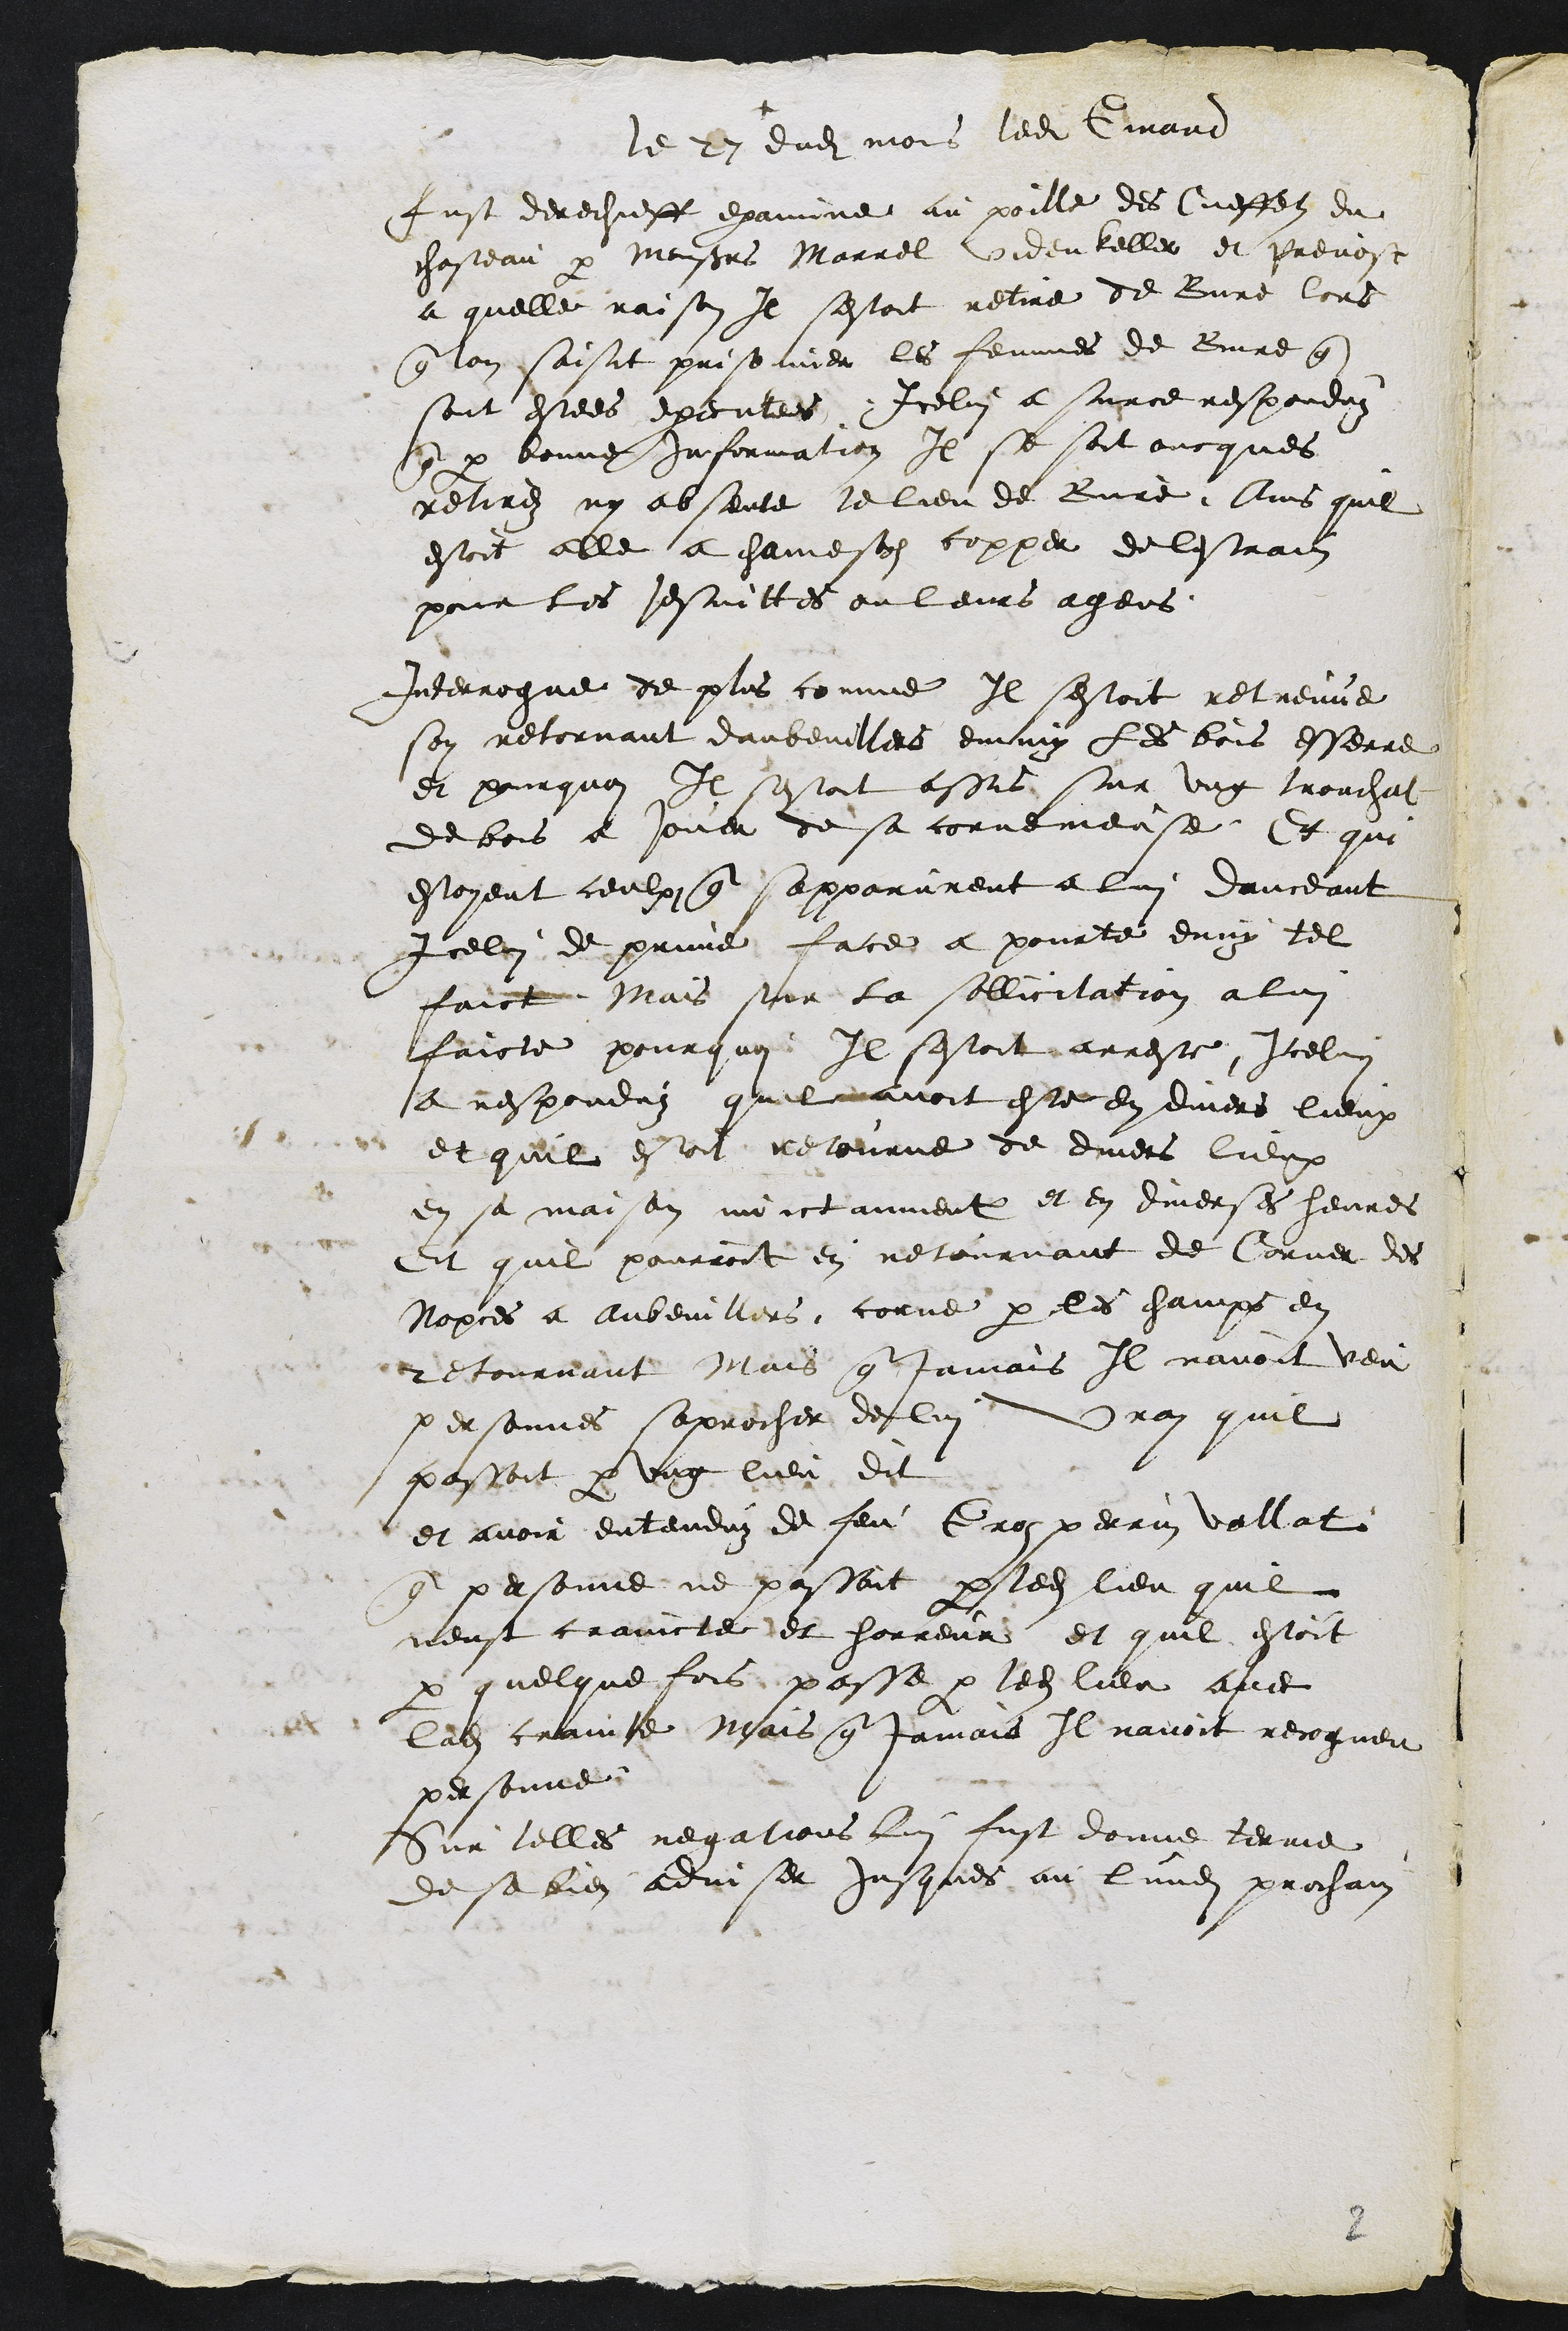
+
le 23 dudit mois ledit Girard
fust derechieff examine au poille des Cueffess du
chasteau par Monsieurs Marrel Videnteller et Prevost
a quelle raison Il sestoit retire de Bure lors
que lon saisit prisonnier les femmes de Buure que
sont estees executees Icelui a surce responduz
que par bonne information Il se soit oncques
retirez ny absante le lieu de Bure Ains quil
estoit elle a chamesool copper de lestrain
pour les Jesuittes ou leurs agens
Interrogue de plus comme Il sestoit retreuve
son retornant daubeuillers emmy les bois esserre
et pourquoi Il sestoit assis sur ung trouchat
de bois a soner de sa cornemense Et qui
estoyent ceulx que sapparurent a lui danceant
Iceluii de prime face a pourte enmy tel
faict Mais sur la sollicitation a lui
faicte pourquoi Il sestoit arreste, Icelui
a responduz quil avoit este en divers lieux
et quil esoit retourne de divers lieux
en sa maison moictanmentruy et en diverses heures
Et quil pourroit en netournant de Corner des
Nopces a auvenillers corne par les champs en
retournant Mais que jamais Il navoit veu
personnes saprocher de lui vray quil
passoit par ung lieu dit
et avoir entenduz de feu Groz perrin Vollat
que prrsonne ne passoit par ledit lieu quil
neust craincte et horreur et quil estoit
par quelque fois passe par ledit lieu avec
ladite crainte Mais que jamais Il navoit recogneu
personne.
Sur telles negations lui fust donne terme
de sa bien adviser jusques au lundi prochain

8